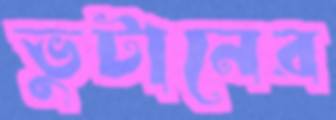
ভুটানের